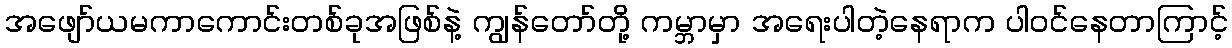
အဖျော်ယမကာကောင်းတစ်ခုအဖြစ်နဲ့ ကျွန်တော်တို့ ကမ္ဘာမှာ အရေးပါတဲ့နေရာက ပါဝင်နေတာကြာင့်